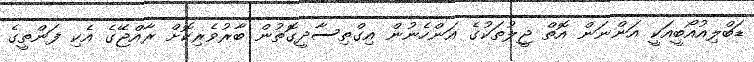
ޑަބްލިއުއޯބީއަކީ އަންނަން އޮތް ޖީލުތަކުގެ އަންހެނުން އިގްތިސާދީގޮތުން ބާރުވެރިކޮށް ރާއްޖޭގެ އެކި ފަންތީގެ